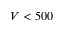
V < 5 0 0